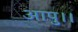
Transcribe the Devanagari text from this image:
आपु।।